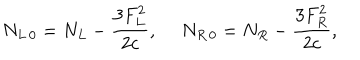
N _ { L \, 0 } = N _ { L } - { \frac { 3 F _ { L } ^ { 2 } } { 2 c } } , \ N _ { R \, 0 } = N _ { R } - { \frac { 3 F _ { R } ^ { 2 } } { 2 c } } ,